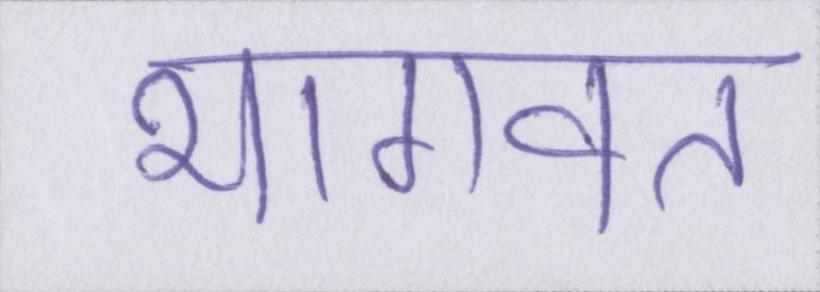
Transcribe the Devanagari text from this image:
भागवत